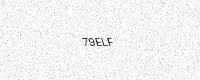
Text: 79ELF